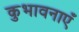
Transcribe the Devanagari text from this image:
कुभावनाएँ